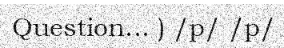
Question... ) /p/ /p/